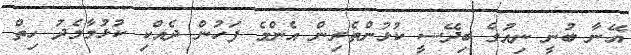
އޭނާ ބުނީ ނިއުގެ ބިދޭސީ ކުޅުންތެރިން އެންމެ ފަހުން ދެއްކި ކުޅުމާމެދު ހިތް